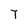
Character: T